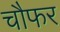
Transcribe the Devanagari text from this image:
चौफर